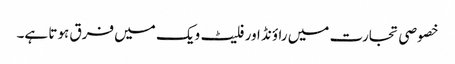
خصوصی تجارت میں راؤنڈ اور فلیٹ ویک میں فرق ہوتا ہے۔